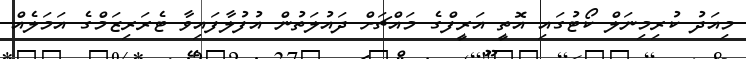
މިއަދު ކުރިމިނަލް ކޯޓުގައި އޮތީ އަރީފްގެ މައްޗަށް ދައުލަތުން އުފުލާފައިވާ ޓެރަރިޒަމްގެ އަމަލެއް